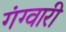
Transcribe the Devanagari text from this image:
गंग्वारी